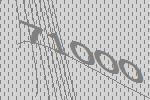
71000